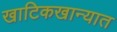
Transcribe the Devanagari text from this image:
खाटिकखान्यात